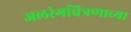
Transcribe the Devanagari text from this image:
जलरंगचित्रणाच्या